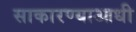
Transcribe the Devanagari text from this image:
साकारण्याआधी